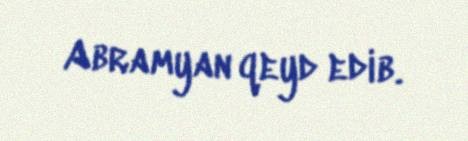
Abramyan qeyd edib.